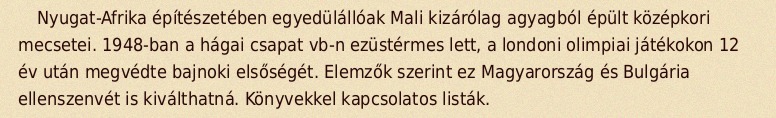
Nyugat-Afrika építészetében egyedülállóak Mali kizárólag agyagból épült középkori mecsetei. 1948-ban a hágai csapat vb-n ezüstérmes lett, a londoni olimpiai játékokon 12 év után megvédte bajnoki elsőségét. Elemzők szerint ez Magyarország és Bulgária ellenszenvét is kiválthatná. Könyvekkel kapcsolatos listák.